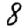
Digit: 8